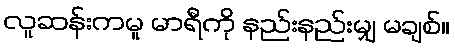
လူဆန်းကမူ မာရီကို နည်းနည်းမျှ မချစ်။